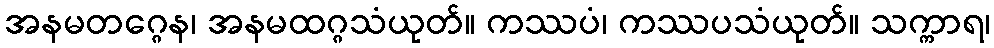
အနမတဂ္ဂေန၊ အနမထဂ္ဂသံယုတ်။ ကဿပံ၊ ကဿပသံယုတ်။ သက္ကာရ၊